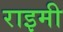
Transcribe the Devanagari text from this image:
राइमी